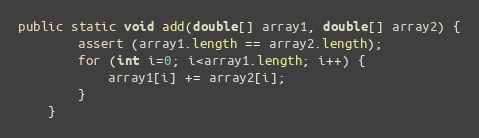
Language: Java
public static void add(double[] array1, double[] array2) {
        assert (array1.length == array2.length);
        for (int i=0; i<array1.length; i++) {
            array1[i] += array2[i];
        }
    }